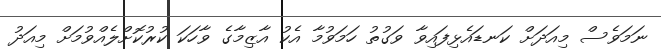
ނަމަވެސް މިއަދަށް ކަނޑައެޅިފައިިވާ ވަގުތު ހަމަވުމާ އެކު އާޒިމާގެ ވާހަކަ ކުރުކޮށްލެއްވުމަށް މިއަދު